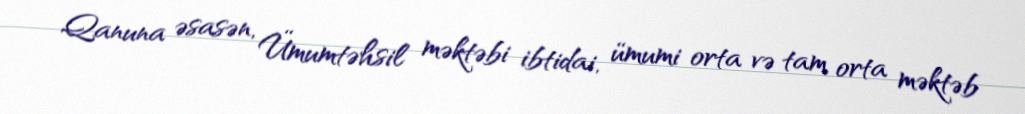
Qanuna əsasən, Ümumtəhsil məktəbi ibtidai, ümumi orta və tam orta məktəb